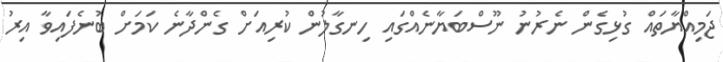
ޖަމިއްޔާތައް ގުޅިގެން ނެރުނު ނޫސްބަޔާނެއްގައި ހިނގާލުން ކުރިއަށް ގެންދާނެ ކަމަށް ބުނެފައިވާ އިރު